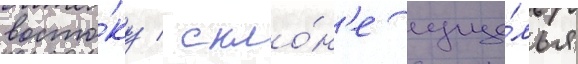
восто́ку / скло́н'е уще́лья